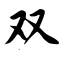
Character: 双